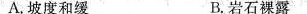
A.坡度和缓 B.岩石裸露